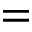
=